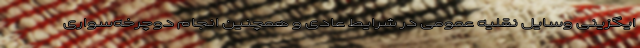
ایگزینی وسایل نقلیه عمومی در شرایط عادی و همچنین انجام دوچرخه‌سواری